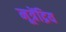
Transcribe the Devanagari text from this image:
मूत्रेंद्रिय